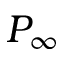
P _ { \infty }